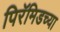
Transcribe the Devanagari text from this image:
पिरॅमिडच्या